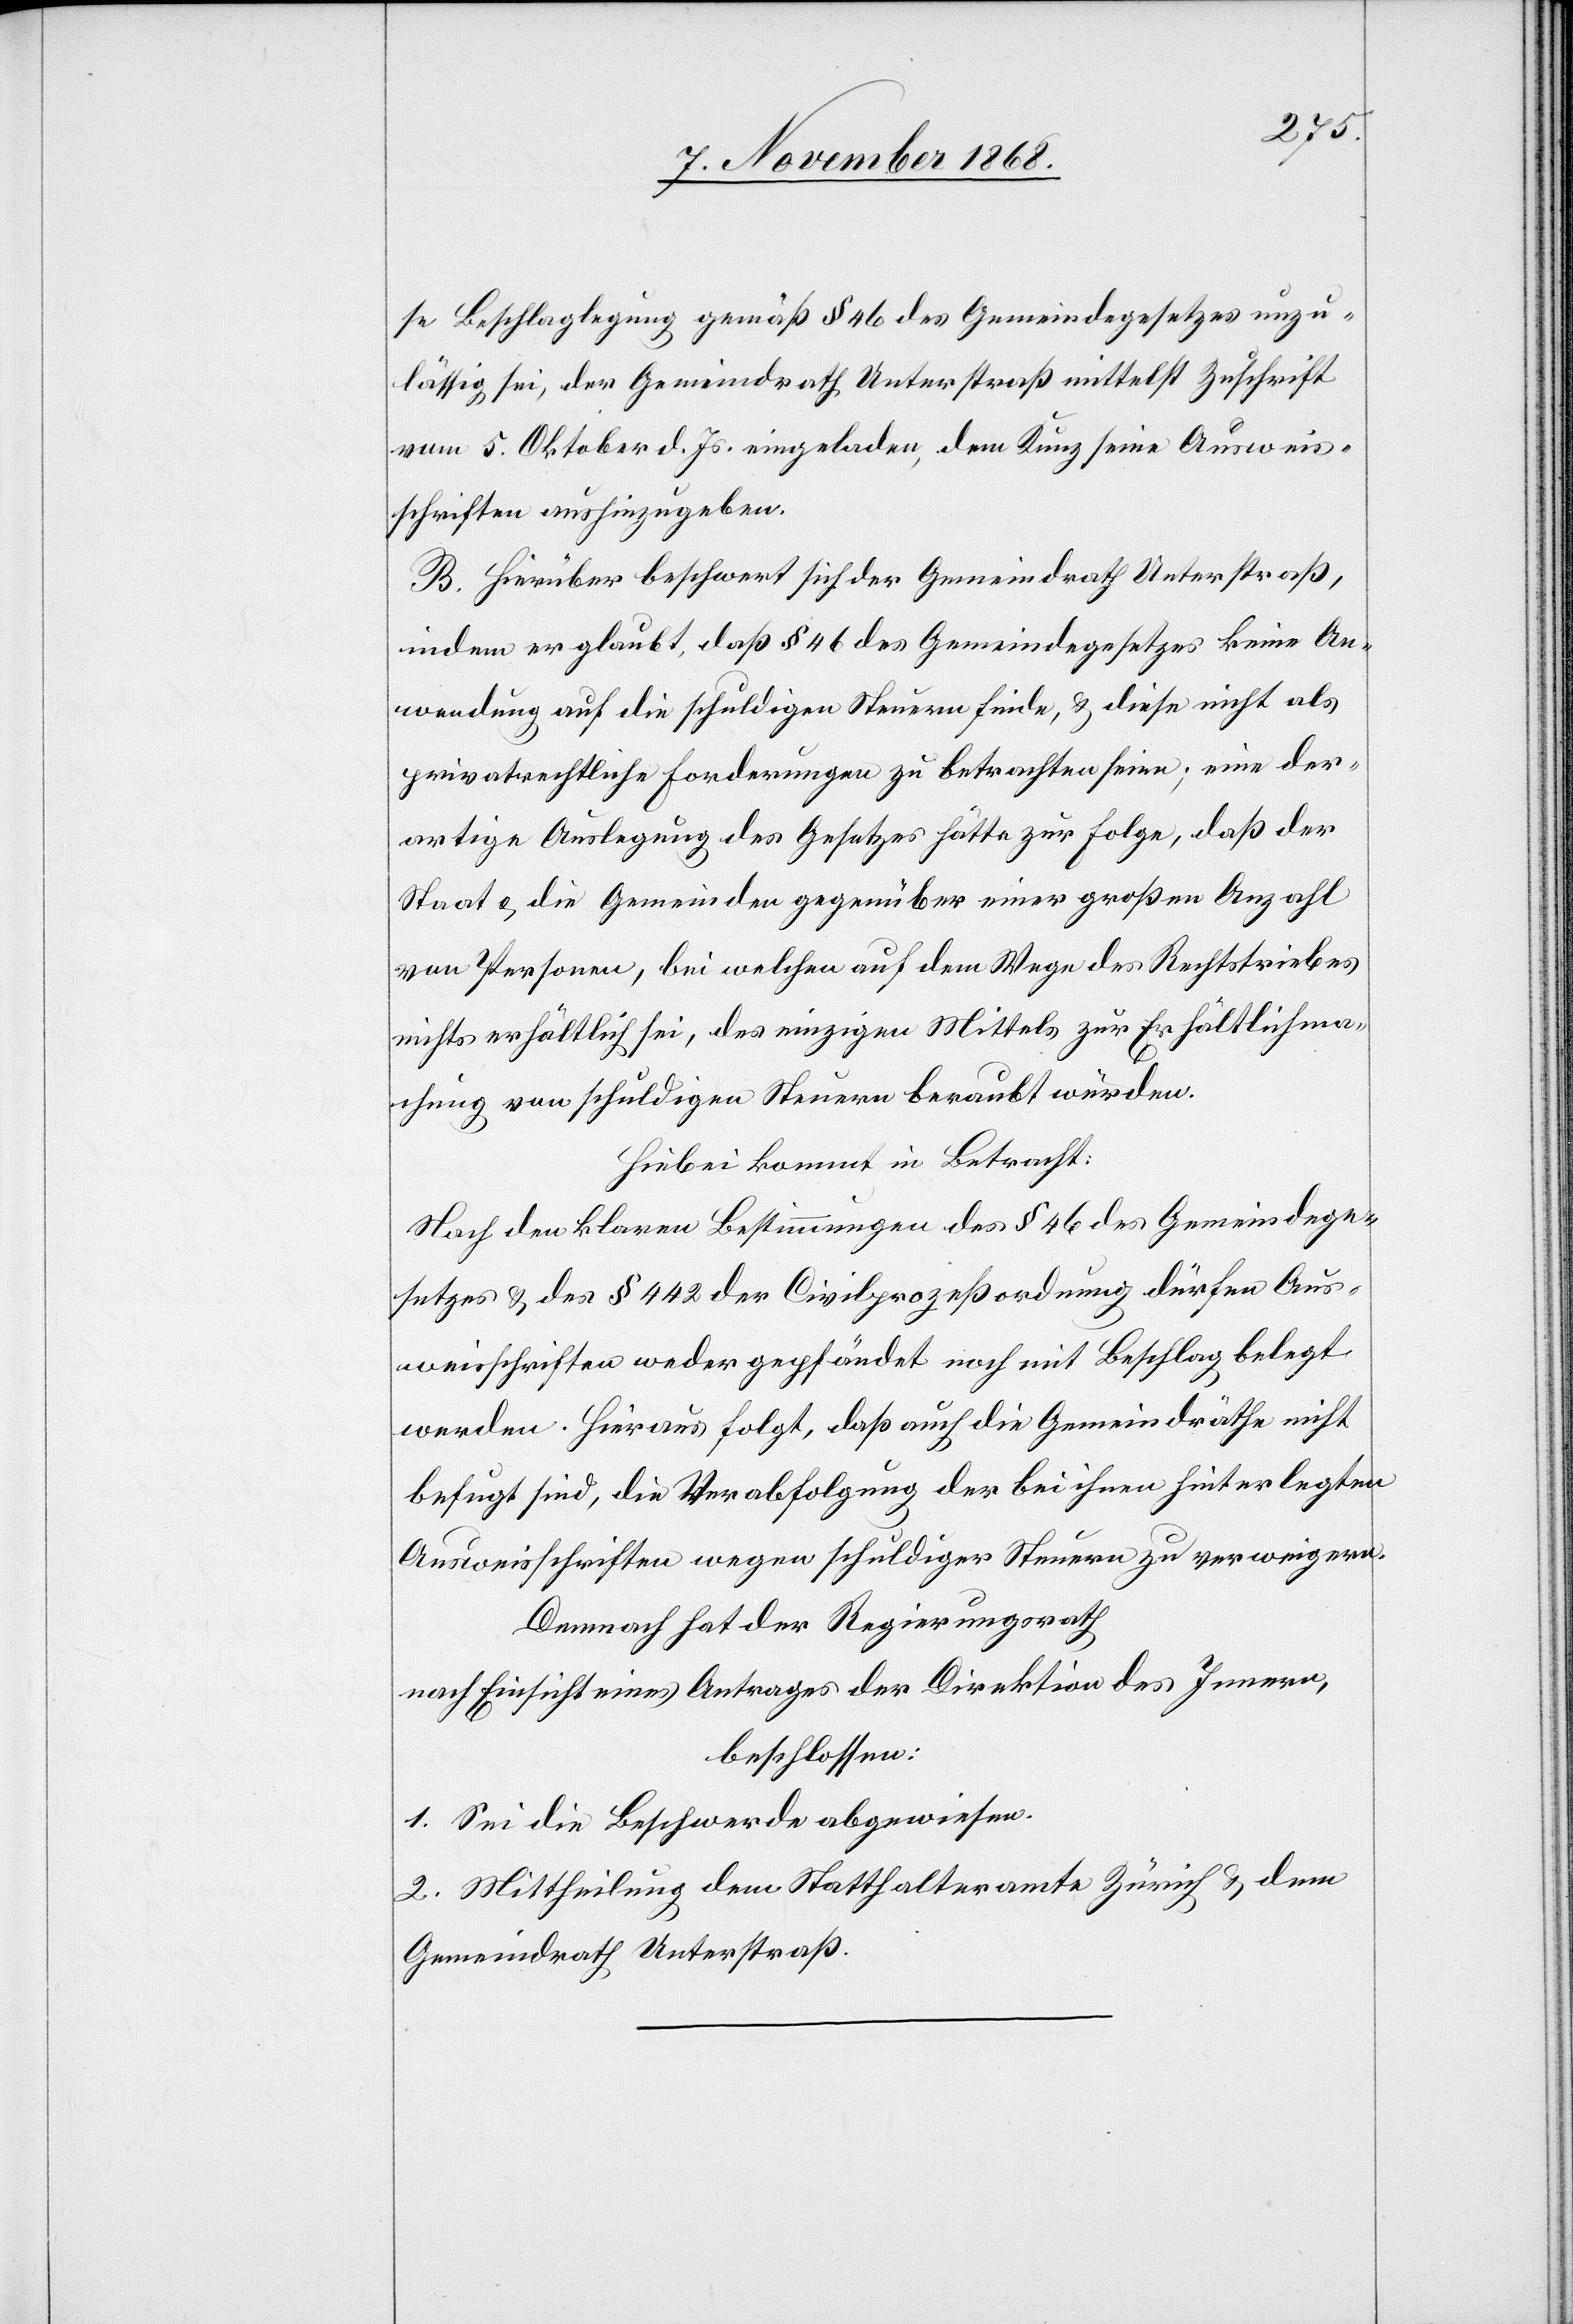
se Beschlaglegung gemäß § 46 des Gemeindegesetzes unzu¬
lässig sei, der Gemeindrath Unterstraß mittelst Zuschrift
vom 5. Oktober d. Js. eingeladen, dem Kunz seine Ausweis¬
schriften aushinzugeben.
B. Hierüber beschwert sich der Gemeindrath Unterstraß,
indem er glaubt, daß § 46 des Gemeindegesetzes keine An¬
wendung auf die schuldigen Steuern finde, & diese nicht als
privatrechtliche Forderungen zu betrachten seien; eine der¬
artige Auslegung des Gesetzes hätte zur Folge, daß der
Staat & die Gemeinden gegenüber einer großen Anzahl
von Personen, bei welchen auf dem Wege des Rechtstriebes
nichts erhältlich sei, des einzigen Mittels zur Erhältlichma¬
chung von schuldigen Steuern beraubt würden.
Hiebei kommt in Betracht:
Nach den klaren Bestimmungen des § 46 des Gemeindege¬
setzes & des § 442 der Civilprozeßordnung dürfen Aus¬
weisschriften weder gepfändet noch mit Beschlag belegt
werden. Hieraus folgt, daß auch die Gemeindräthe nicht
befugt sind, die Verabfolgung der bei ihnen hinterlegten
Ausweisschriften wegen schuldiger Steuern zu verweigern.
Demnach hat der Regierungsrath
nach Einsicht eines Antrages der Direktion des Innern,
beschlossen:
1. Sei die Beschwerde abgewiesen.
2. Mittheilung dem Statthalteramte Zürich & dem
Gemeindrath Unterstraß.